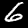
Label: 6